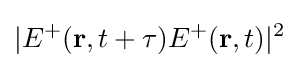
|E^{+}(\mathbf {r} ,t+\tau )E^{+}(\mathbf {r} ,t)|^{2}